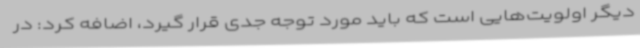
دیگر اولویت‌هایی است که باید مورد توجه جدی قرار گیرد، اضافه کرد: در